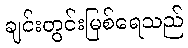
ချင်းတွင်းမြစ်ရေသည်